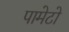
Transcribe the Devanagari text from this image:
पामेटो